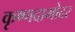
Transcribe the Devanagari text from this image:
कृष्णदामोदर